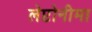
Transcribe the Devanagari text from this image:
लेप्टोनीमा